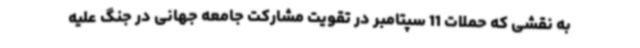
به نقشی که حملات 11 سپتامبر در تقویت مشارکت جامعه جهانی در جنگ علیه